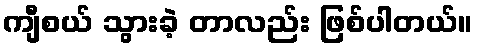
ကျီစယ် သွားခဲ့ တာလည်း ဖြစ်ပါတယ်။